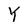
Character: Y